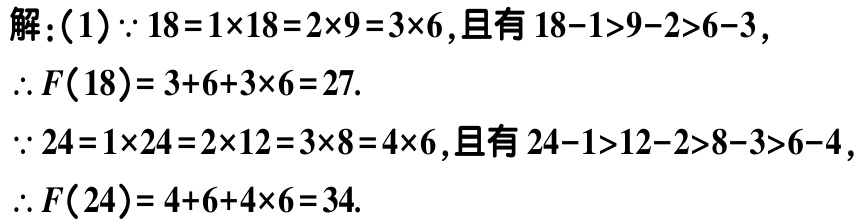
解：(1)$\because 18 = 1\times18 = 2\times9 = 3\times6$,且有$18 - 1>9 - 2>6 - 3$,
$\therefore F(18)= 3 + 6+3\times6 = 27$.
$\because 24 = 1\times24 = 2\times12 = 3\times8 = 4\times6$,且有$24 - 1>12 - 2>8 - 3>6 - 4$,
$\therefore F(24)= 4 + 6+4\times6 = 34$.